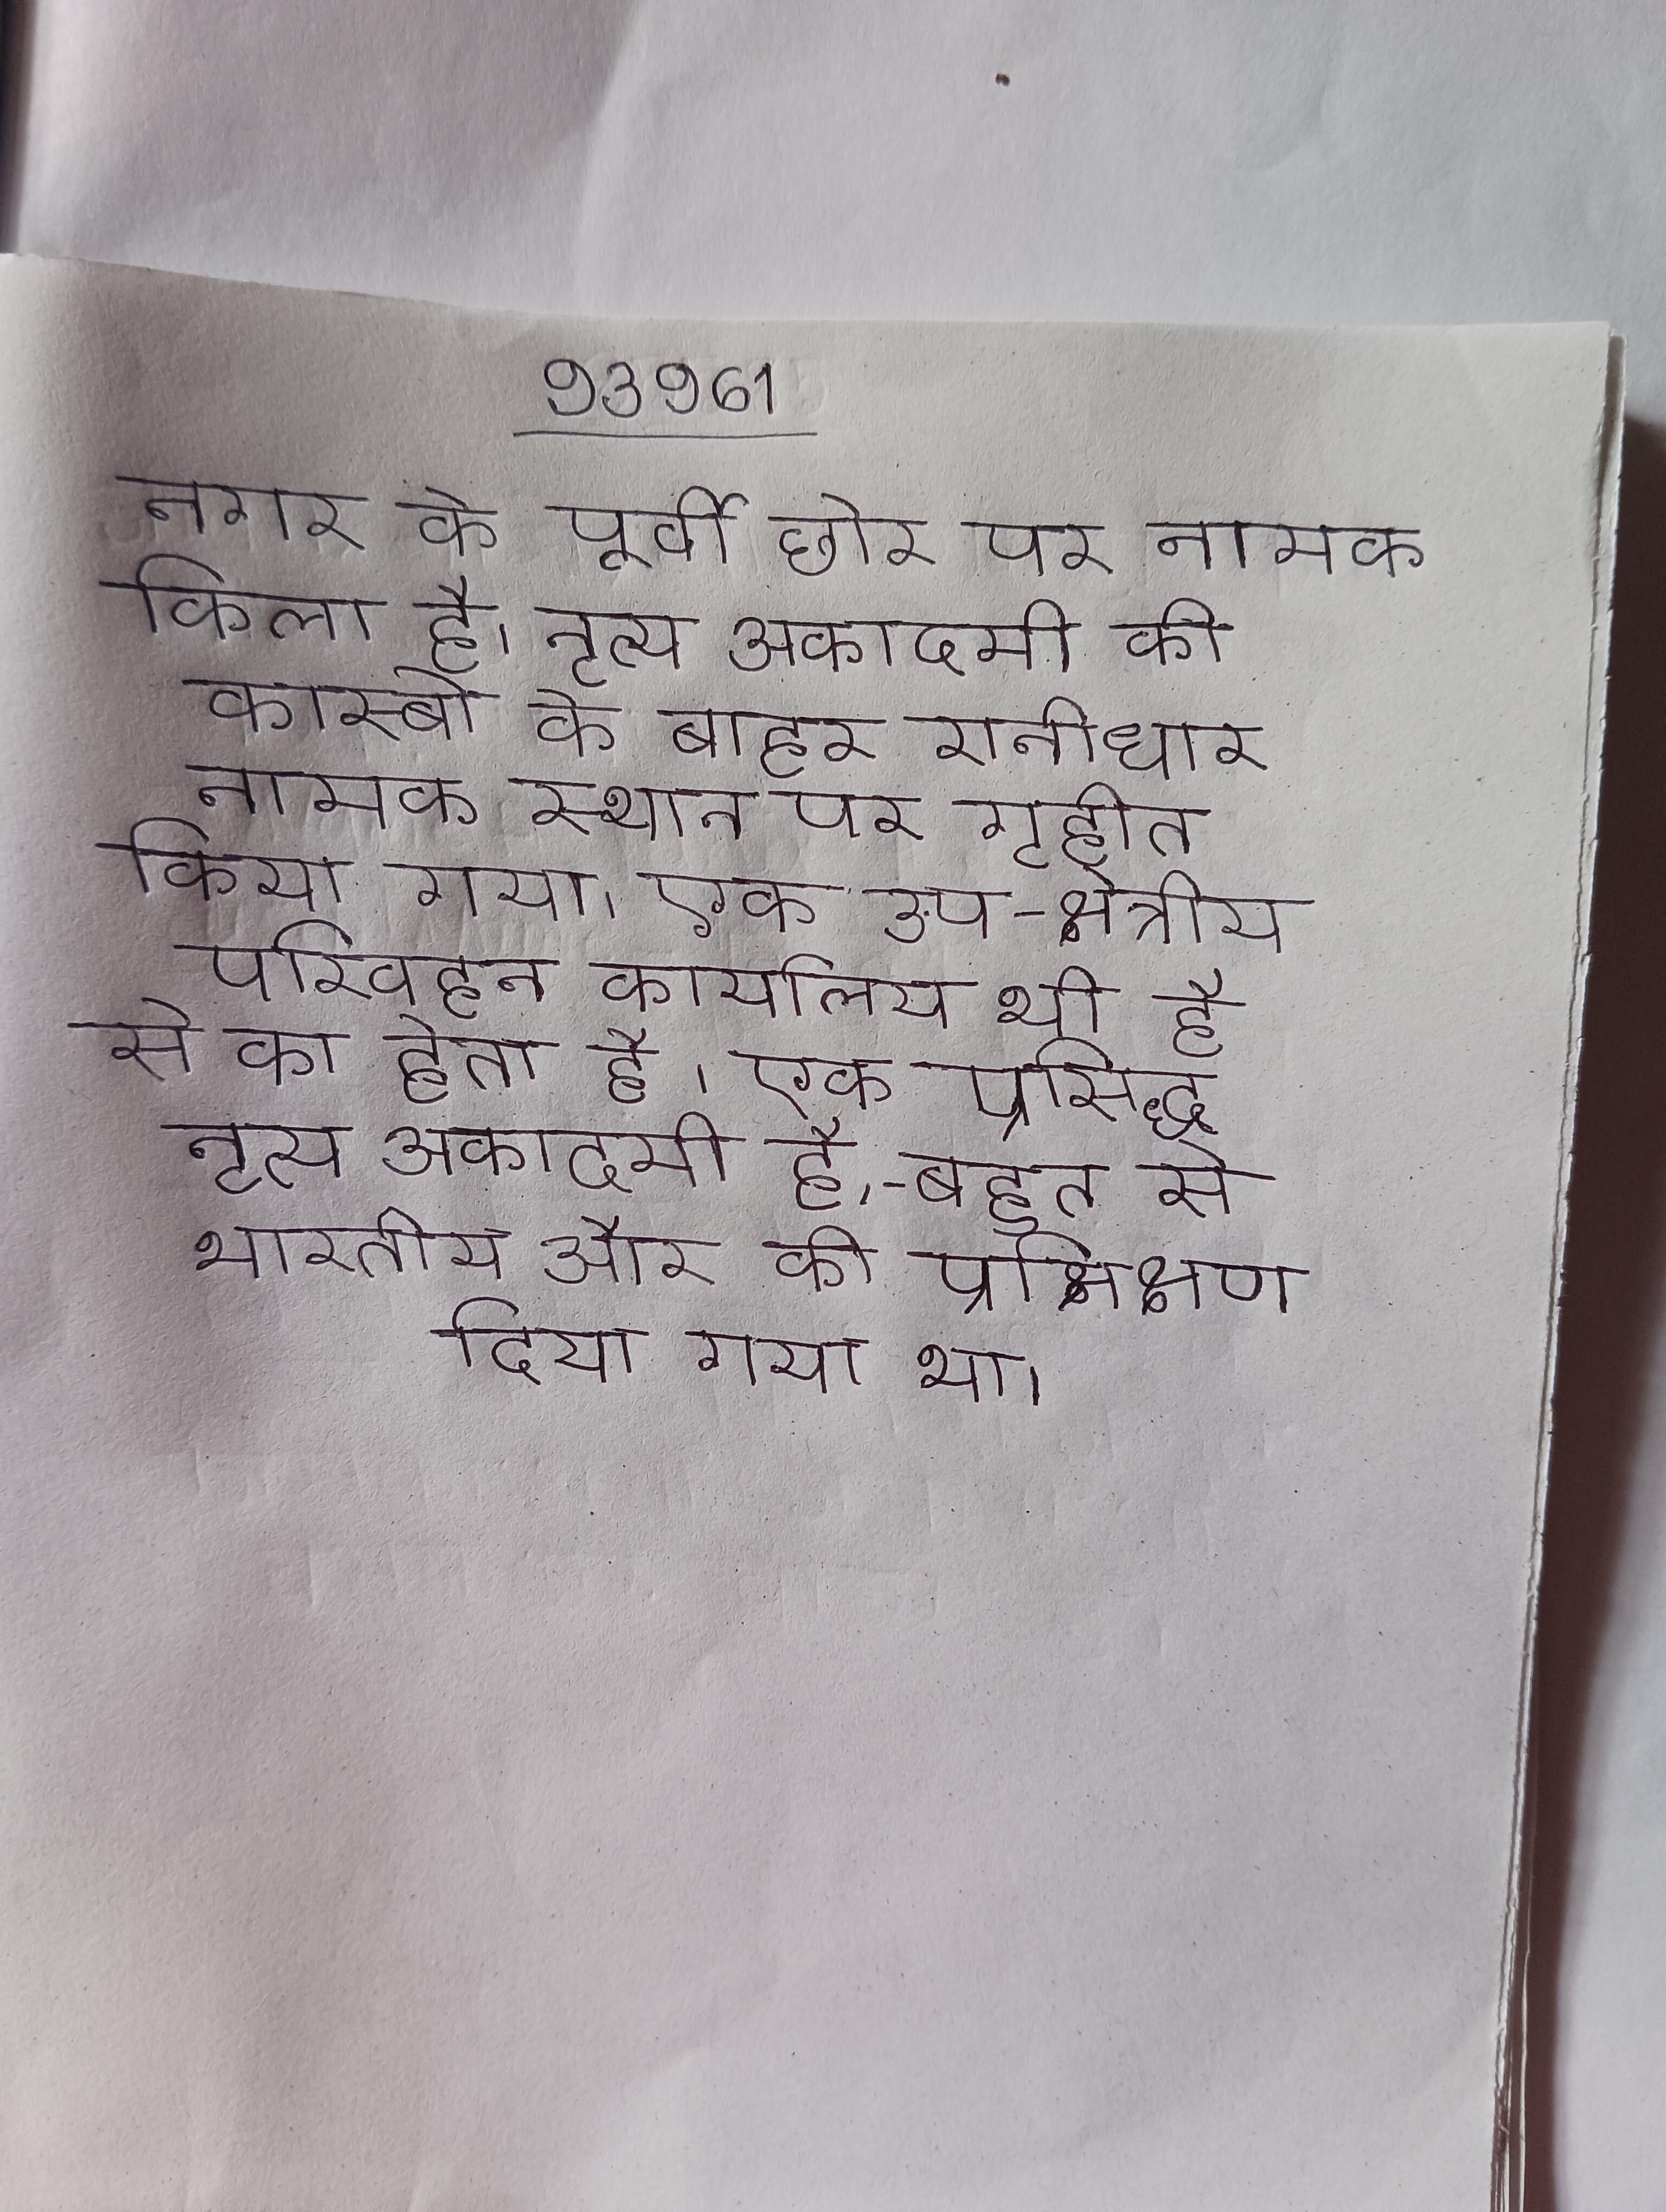
नगर के पूर्वी छोर पर नामक किला है । नृत्य अकादमी को कस्बे के बाहर रानीधार नामक स्थान पर गृहीत किया गया । एक उप-क्षेत्रीय परिवहन कार्यालय भी है से का होता है । एक प्रसिद्ध नृत्य अकादमी है, - बहुत से भारतीय और को प्रक्षिक्षण दिया गया था ।